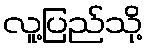
လူ့ပြည်သို့